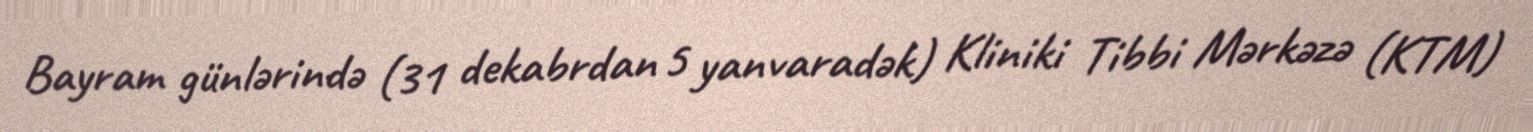
Bayram günlərində (31 dekabrdan 5 yanvaradək) Kliniki Tibbi Mərkəzə (KTM)